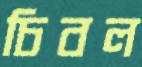
চিবল